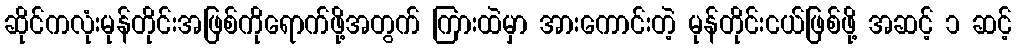
ဆိုင်ကလုံးမုန်တိုင်းအဖြစ်ကိုရောက်ဖို့အတွက် ကြားထဲမှာ အားကောင်းတဲ့ မုန်တိုင်းငယ်ဖြစ်ဖို့ အဆင့် ၁ ဆင့်